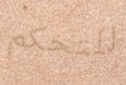
للتحكم